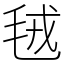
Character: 毧